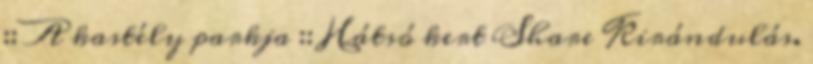
:: A kastély parkja :: Hátsó kert Share Kirándulás.